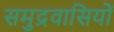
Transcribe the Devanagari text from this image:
समुद्रवासियों